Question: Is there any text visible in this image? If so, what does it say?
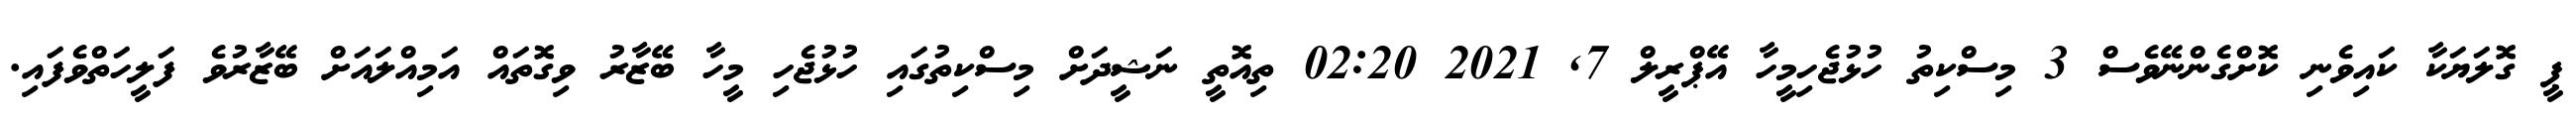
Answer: ޕީ ގޮލަޔަކާ ކައިވެނި ކޮށްގެންނޭވެސް 3 މިސްކިތު ހުޅުޖެހިމީހާ އޭޕްރީލް 7, 2021 02:20 ތިއޮތީ ނަޝީދަށް މިސްކިތުގައި ހުޅުޖެހި މީހާ ބޭޒާރު ވިގޮތައް އަމިއްލައަށް ބޭޒާރުވެ ފަލީހަތްވެފައި.